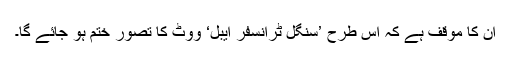
ان کا موقف ہے کہ اس طرح ’سنگل ٹرانسفر ایبل‘ ووٹ کا تصور ختم ہو جائے گا۔